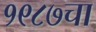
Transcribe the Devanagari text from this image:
१९८७चा